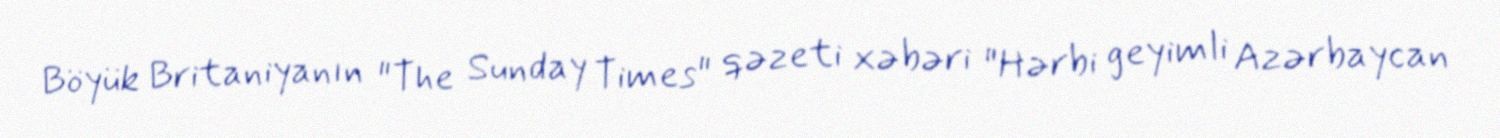
Böyük Britaniyanın "The Sunday Times" qəzeti xəbəri "Hərbi geyimli Azərbaycan